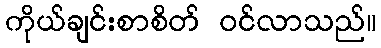
ကိုယ်ချင်းစာစိတ် ဝင်လာသည်။